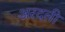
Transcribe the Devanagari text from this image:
अरदली